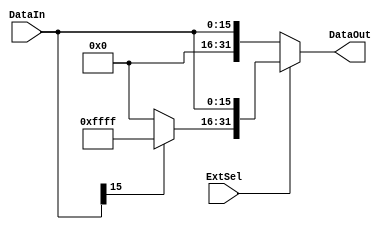

`timescale 1ns / 1ps

module Extend(
    input ExtSel,
    input [15:0] DataIn,
    output [31:0] DataOut
);
    wire [15:0] ext_bit;
    assign ext_bit =(DataIn[15] == 0)?16'b0000_0000_0000_0000:16'b1111_1111_1111_1111;
    assign DataOut = (ExtSel == 0)?{16'b0000_0000_0000_0000, DataIn}:{ext_bit, DataIn};
endmodule